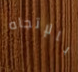
بالإتجاه